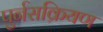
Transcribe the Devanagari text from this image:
पुर्नसक्रियण